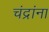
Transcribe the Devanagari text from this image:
चंद्रांना